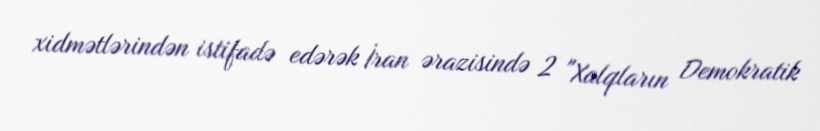
xidmətlərindən istifadə edərək İran ərazisində 2 "Xalqların Demokratik